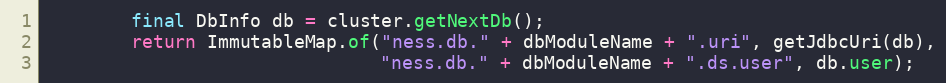
Language: Java
        final DbInfo db = cluster.getNextDb();
        return ImmutableMap.of("ness.db." + dbModuleName + ".uri", getJdbcUri(db),
                               "ness.db." + dbModuleName + ".ds.user", db.user);